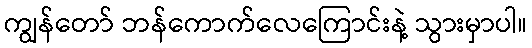
ကျွန်တော် ဘန်ကောက်လေကြောင်းနဲ့ သွားမှာပါ။